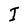
Character: I